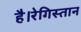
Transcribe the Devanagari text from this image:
है।रेगिस्तान